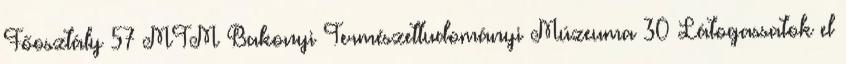
Főosztály 57 MTM Bakonyi Természettudományi Múzeuma 30 Látogassatok el